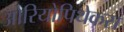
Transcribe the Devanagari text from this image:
ओरियोपिथेकस